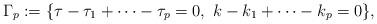
LaTeX: \begin{align*}\Gamma_p := \{\tau-\tau_1 +\cdots -\tau_p = 0,\,\,k-k_1+\cdots -k_p = 0\},\end{align*}